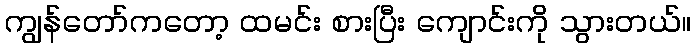
ကျွန်တော်ကတော့ ထမင်း စားပြီး ကျောင်းကို သွားတယ်။